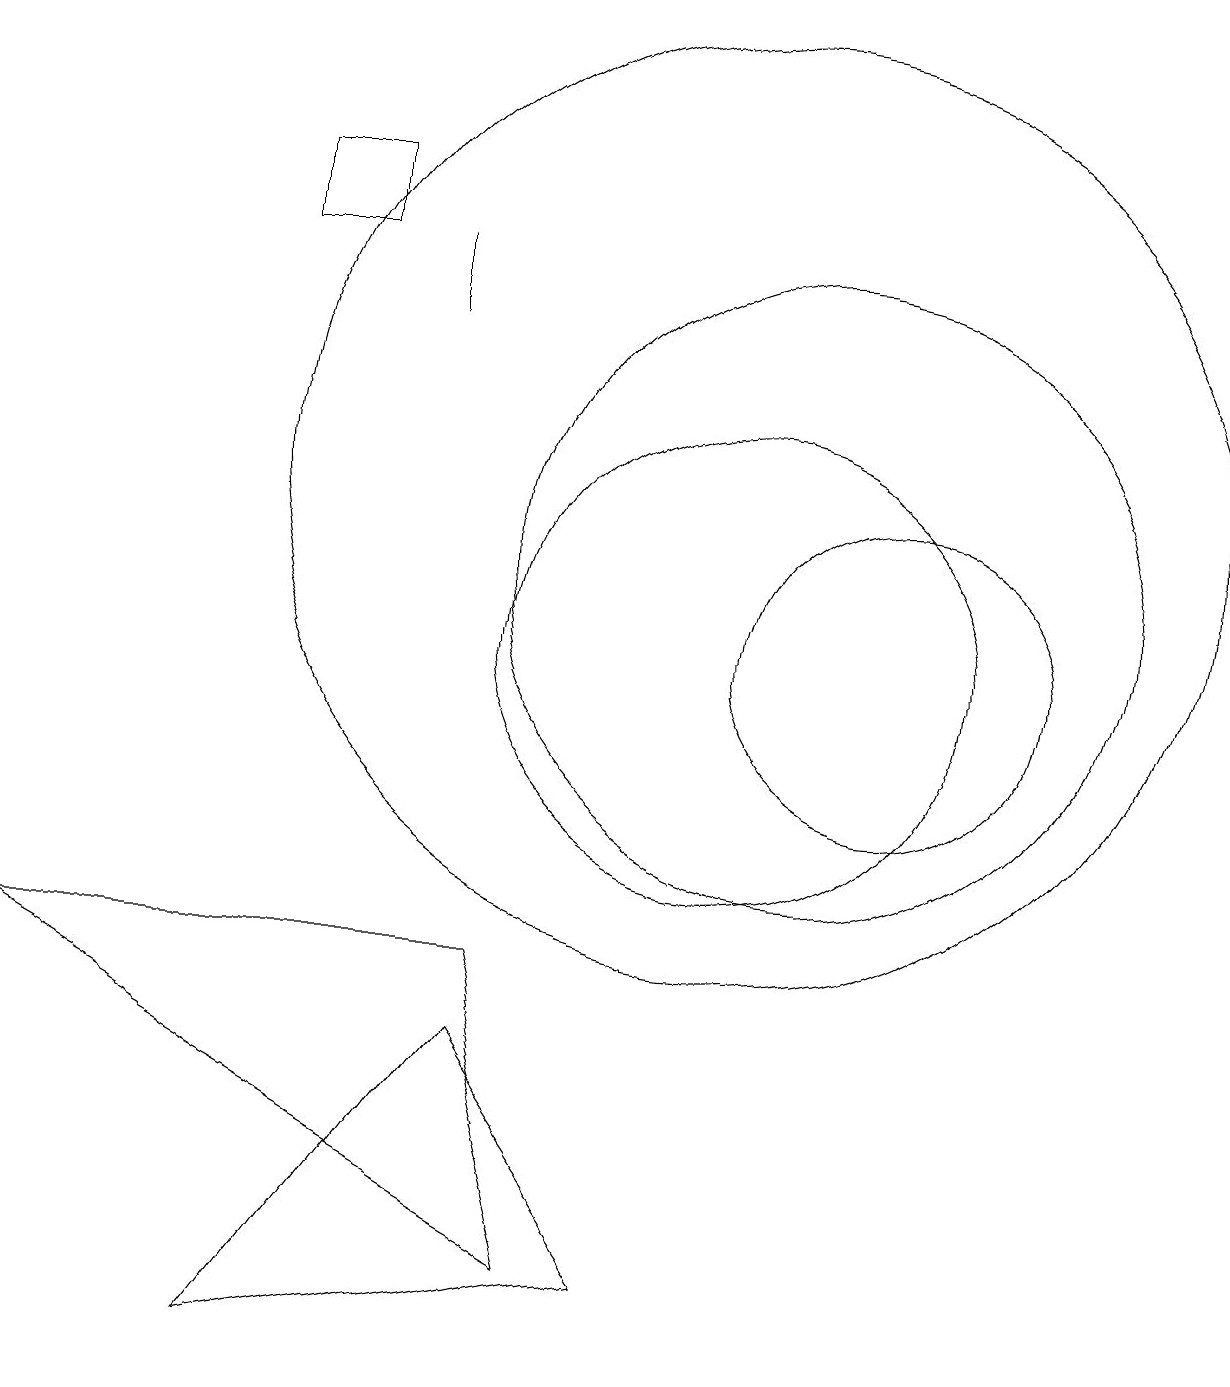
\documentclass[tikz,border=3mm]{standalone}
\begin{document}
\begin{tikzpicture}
\draw (5,15) rectangle (4,16);
\draw (8,2) -- (1,6) -- (7,6) -- cycle;
\draw (11,11) circle (4);
\draw (10,12) circle (6);
\draw (7,5) -- (9,2) -- (4,1) -- cycle;
\draw (6,14) rectangle (6,15);
\draw (10,10) circle (3);
\draw (12,10) circle (2);
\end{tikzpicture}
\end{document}